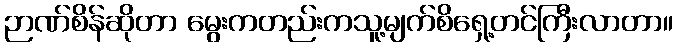
ဉာဏ်စိန်ဆိုတာ မွေးကတည်းကသူ့မျက်စိရှေ့တင်ကြီးလာတာ။